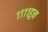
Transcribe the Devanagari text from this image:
११११हून